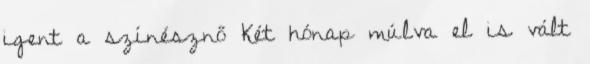
igent a színésznő Két hónap múlva el is vált